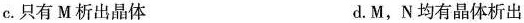
c.只有 M 析出晶体 d.M，N 均有晶体析出